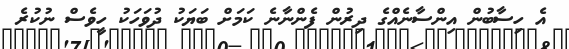
އެ ހިސާބުން އިންސާނެއްގެ ދިރުން ފެންނާނެ ކަމަށް ބަޔަކު ދުވަހަކު ހީވެސް ނުކުރެ